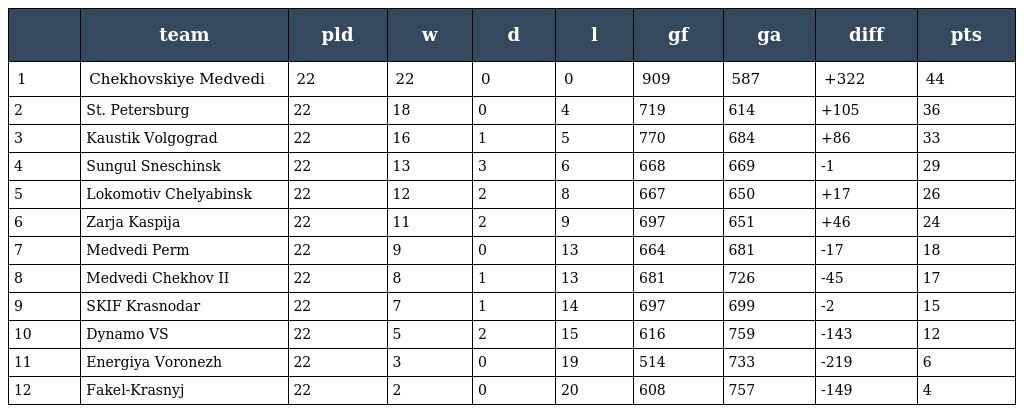
|  | team | pld | w | d | l | gf | ga | diff | pts |
 | --- | --- | --- | --- | --- | --- | --- | --- | --- | --- |
 | 1 | Chekhovskiye Medvedi | 22 | 22 | 0 | 0 | 909 | 587 | +322 | 44 |
 | 2 | St. Petersburg | 22 | 18 | 0 | 4 | 719 | 614 | +105 | 36 |
 | 3 | Kaustik Volgograd | 22 | 16 | 1 | 5 | 770 | 684 | +86 | 33 |
 | 4 | Sungul Sneschinsk | 22 | 13 | 3 | 6 | 668 | 669 | -1 | 29 |
 | 5 | Lokomotiv Chelyabinsk | 22 | 12 | 2 | 8 | 667 | 650 | +17 | 26 |
 | 6 | Zarja Kaspija | 22 | 11 | 2 | 9 | 697 | 651 | +46 | 24 |
 | 7 | Medvedi Perm | 22 | 9 | 0 | 13 | 664 | 681 | -17 | 18 |
 | 8 | Medvedi Chekhov II | 22 | 8 | 1 | 13 | 681 | 726 | -45 | 17 |
 | 9 | SKIF Krasnodar | 22 | 7 | 1 | 14 | 697 | 699 | -2 | 15 |
 | 10 | Dynamo VS | 22 | 5 | 2 | 15 | 616 | 759 | -143 | 12 |
 | 11 | Energiya Voronezh | 22 | 3 | 0 | 19 | 514 | 733 | -219 | 6 |
 | 12 | Fakel-Krasnyj | 22 | 2 | 0 | 20 | 608 | 757 | -149 | 4 |